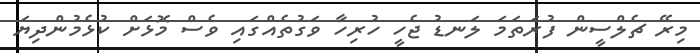
މިރޭ ޗެލްސީން ފުރަަތަމަ ލަނޑު ޖެހީ ހުރިހާ ވަގުތެއްގައި ވެސް މޮޅަށް ކުޅެމުންދިޔަ